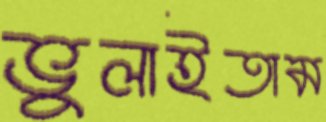
ভুলাইতাম